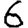
Digit: 6